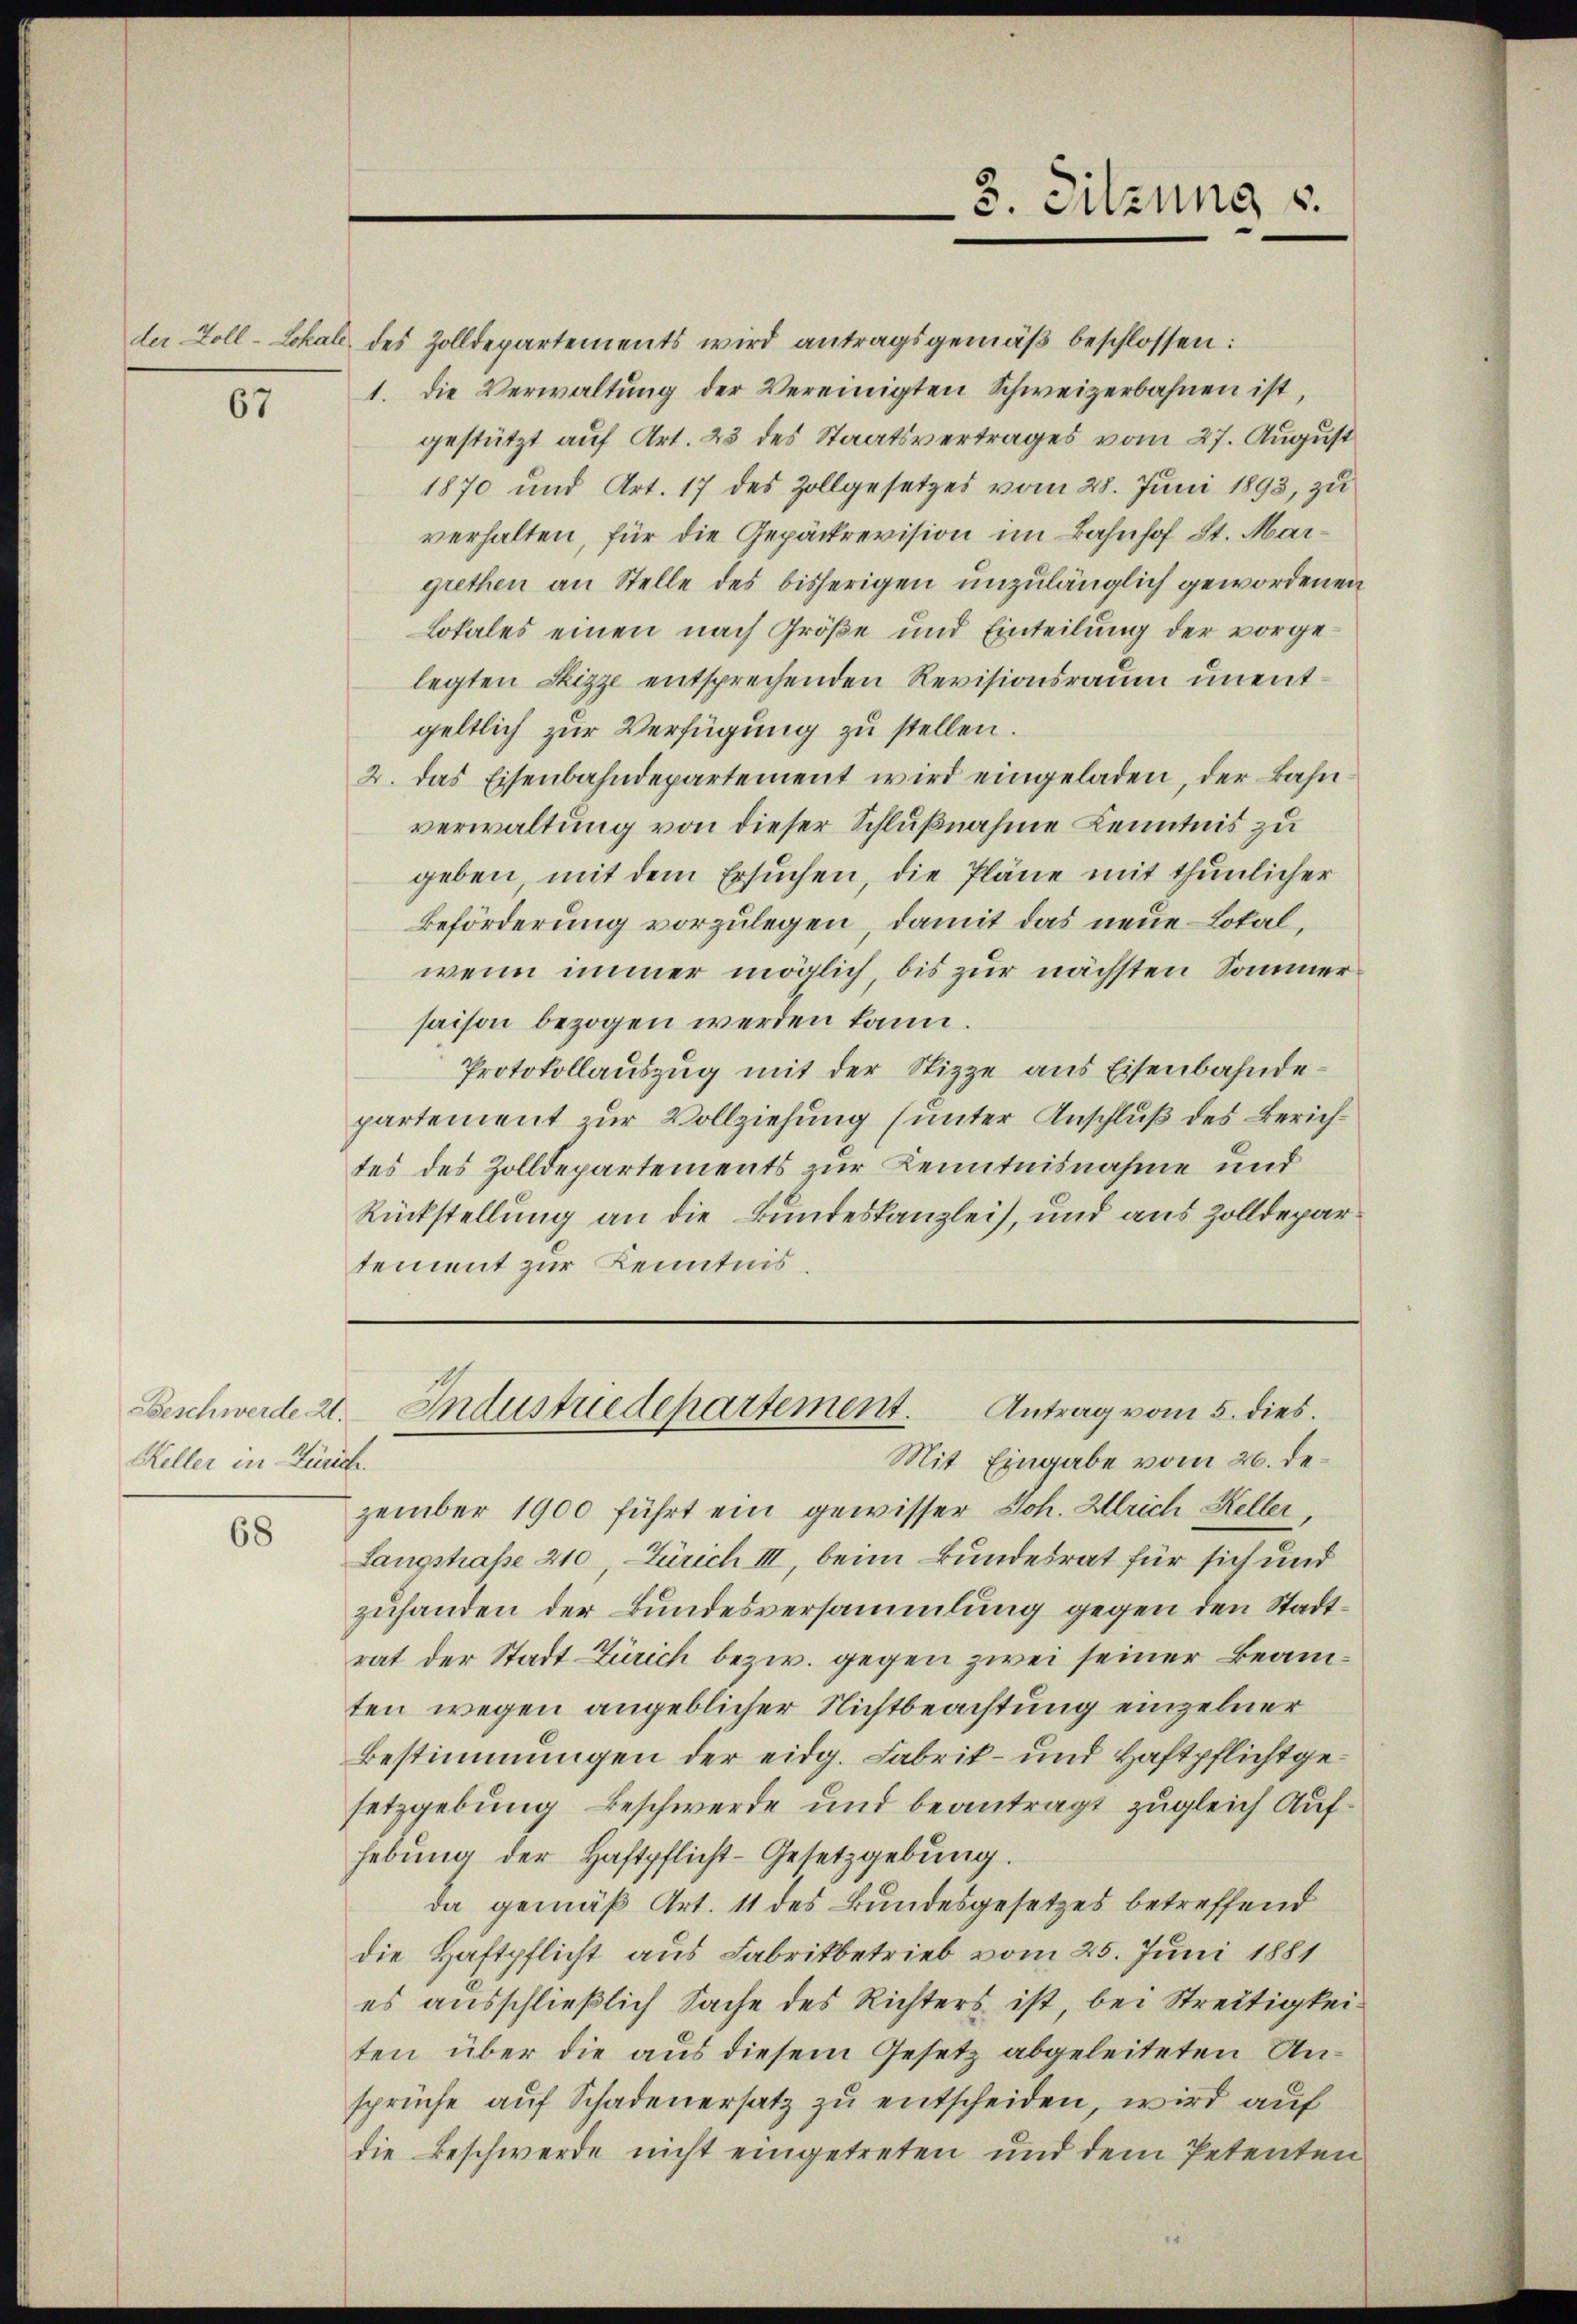
67

Beschwerde 21.
Keller in Zürich.

68

der Zoll-Lokale des Zolldepartements wird antragsgemäß beschlossen:
1. die Verwaltung der Vereinigten Schweizerbahnen ist,
gestützt auf Art. 23 des Staatsvertrages vom 27. August
1870 und Art. 17 des Zollgesetzes vom 28. Juni 1893, zu
verhalten, für die Gepäckrevision im Bahnhof St. Margrethen an Stelle des bisherigen unzulänglich gewordenen
Lokales einen nach Größe und Einteilung der vorgelegten Sizze entsprechenden Revisionsraum unentgeltlich zur Verfügung zu stellen.
2. Das Eisenbahndepartement wird eingeladen, der Bahn
verwaltung von dieser Schlußnahme Kenntnis zu
geben, mit dem Ersuchen, die Pläne mit thunlicher
Beförderung vorzulegen, damit das neue Lokal,
wenn immer möglich, bis zur nächsten Sommersaison bezogen werden kann.
Protokollauszug mit der Stizze aus Eisenbahndepartement zur Vollziehung (unter Anschluß des Zürichtes des Zolldepartements zur Kenntnisnahme und
Rückstellung an die Bundeskanzlei, und aus Zolldepartement zur Kenntnis.

Mit Eingabe vom 26. dezember 1900 führt ein gewisser Joh. Ulrich Keller
Langstrasse 210, Zürich III, beim Bundesrat für sich und
zuhanden der Bundesversammlung gegen den Stadtrat der Stadt Zürich bezw. gegen zwei seiner Beamten wegen angeblicher Nichtbeachtung einzelner
Bestimmungen der eidg. Fabrik- und Haftpflichtgesetzgebung Beschwerde und beantragt zugleich Aufhebung der Haftpflicht-Gesetzgebung.
da gemäß Art. 11 des Bundesgesetzes betreffend
die Haftpflicht aus Fabrikbetrieb vom 25. Juni 1881
es ausschließlich Sache des Richters ist, bei Streitigkeiten über die aus diesem Gesetz abgeleiteten Unsprüche auf Schadenersatz zu entscheiden, wird auf
die Beschwerde nicht eingetreten und dem Petenten

3. Sitzung u.

Antrag vom 5. dies.
Industriedepartement.